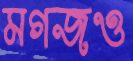
মগজও